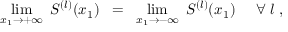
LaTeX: \operatorname * { l i m } _ { x _ { 1 } \rightarrow + \infty } \; S ^ { ( l ) } ( x _ { 1 } ) \; \; = \; \; \operatorname * { l i m } _ { x _ { 1 } \rightarrow - \infty } \; S ^ { ( l ) } ( x _ { 1 } ) \; \; \; \; \; \forall \; l \; ,